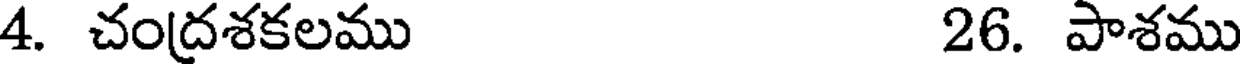
4. చంద్రశకలము 26. పాశము